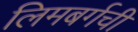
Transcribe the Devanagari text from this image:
लिमबर्गची